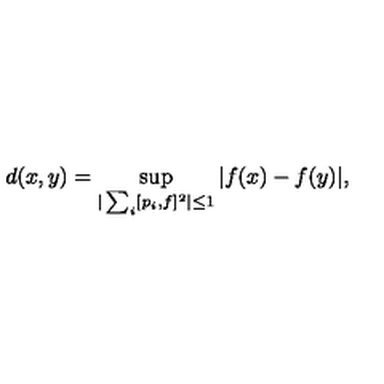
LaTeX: d ( x , y ) = \sup _ { | \sum _ { i } [ p _ { i } , f ] ^ { 2 } | \leq 1 } | f ( x ) - f ( y ) | ,